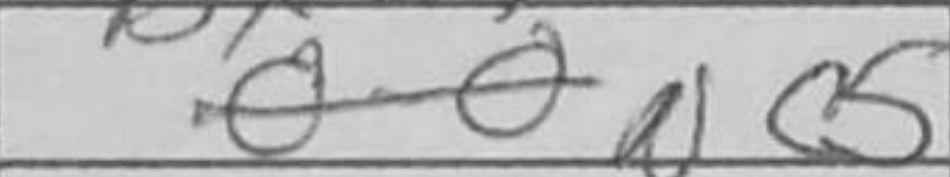
Transcription: Nc5